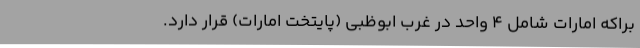
براکه امارات شامل 4 واحد در غرب ابوظبی (پایتخت امارات) قرار دارد.